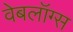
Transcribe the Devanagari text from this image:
वेबलॉग्स